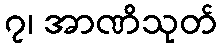
၇၊ အာဏိသုတ်